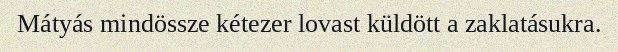
Mátyás mindössze kétezer lovast küldött a zaklatásukra.